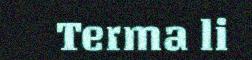
Terma li